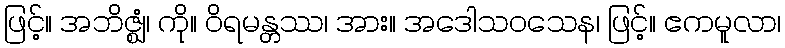
ဖြင့်။ အဘိဇ္ဈံ၊ ကို။ ဝိရမန္တဿ၊ အား။ အဒေါသဝသေန၊ ဖြင့်။ ဧကမူလာ၊